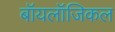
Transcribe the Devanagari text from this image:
बॉयलॉजिकल